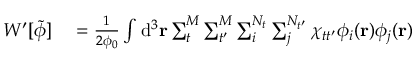
\begin{array} { r l } { W ^ { \prime } [ \tilde { \phi } ] } & { { } = \frac { 1 } { 2 \phi _ { 0 } } \int \mathrm { d } ^ { 3 } \mathbf { r } \sum _ { t } ^ { M } \sum _ { t ^ { \prime } } ^ { M } \sum _ { i } ^ { N _ { t } } \sum _ { j } ^ { N _ { t ^ { \prime } } } \chi _ { t t ^ { \prime } } \phi _ { i } ( \mathbf { r } ) \phi _ { j } ( \mathbf { r } ) } \end{array}